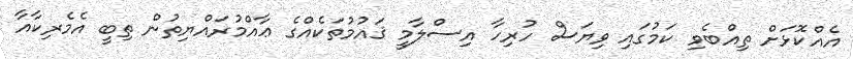
އެއްކޮޅަށް ތިއްބެވި ކަމުގައި ވިޔަސް ހުރިހާ އިސްލާމީ ޤައުމުތަކެއްގެ ޢާއްމުރައްޔިތުން ތިބީ އެމެރިކާއާ